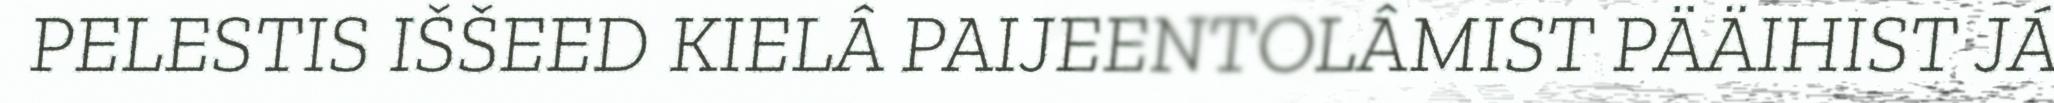
PELESTIS IŠŠEED KIELÂ PAIJEENTOLÂMIST PÄÄIHIST JÁ